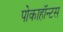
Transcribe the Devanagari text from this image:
पोकाहॉन्टस